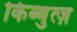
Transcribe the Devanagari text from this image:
किब्बुत्ज़